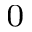
_ 0